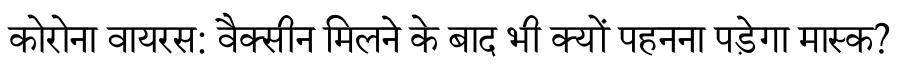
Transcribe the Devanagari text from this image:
कोरोना वायरस: वैक्सीन मिलने के बाद भी क्यों पहनना पड़ेगा मास्क?